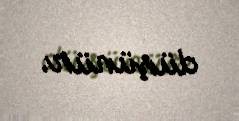
düşünür.